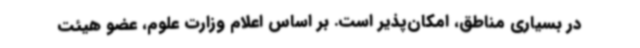
در بسیاری مناطق، امکان‌پذیر است. بر اساس اعلام وزارت علوم، عضو هیئت